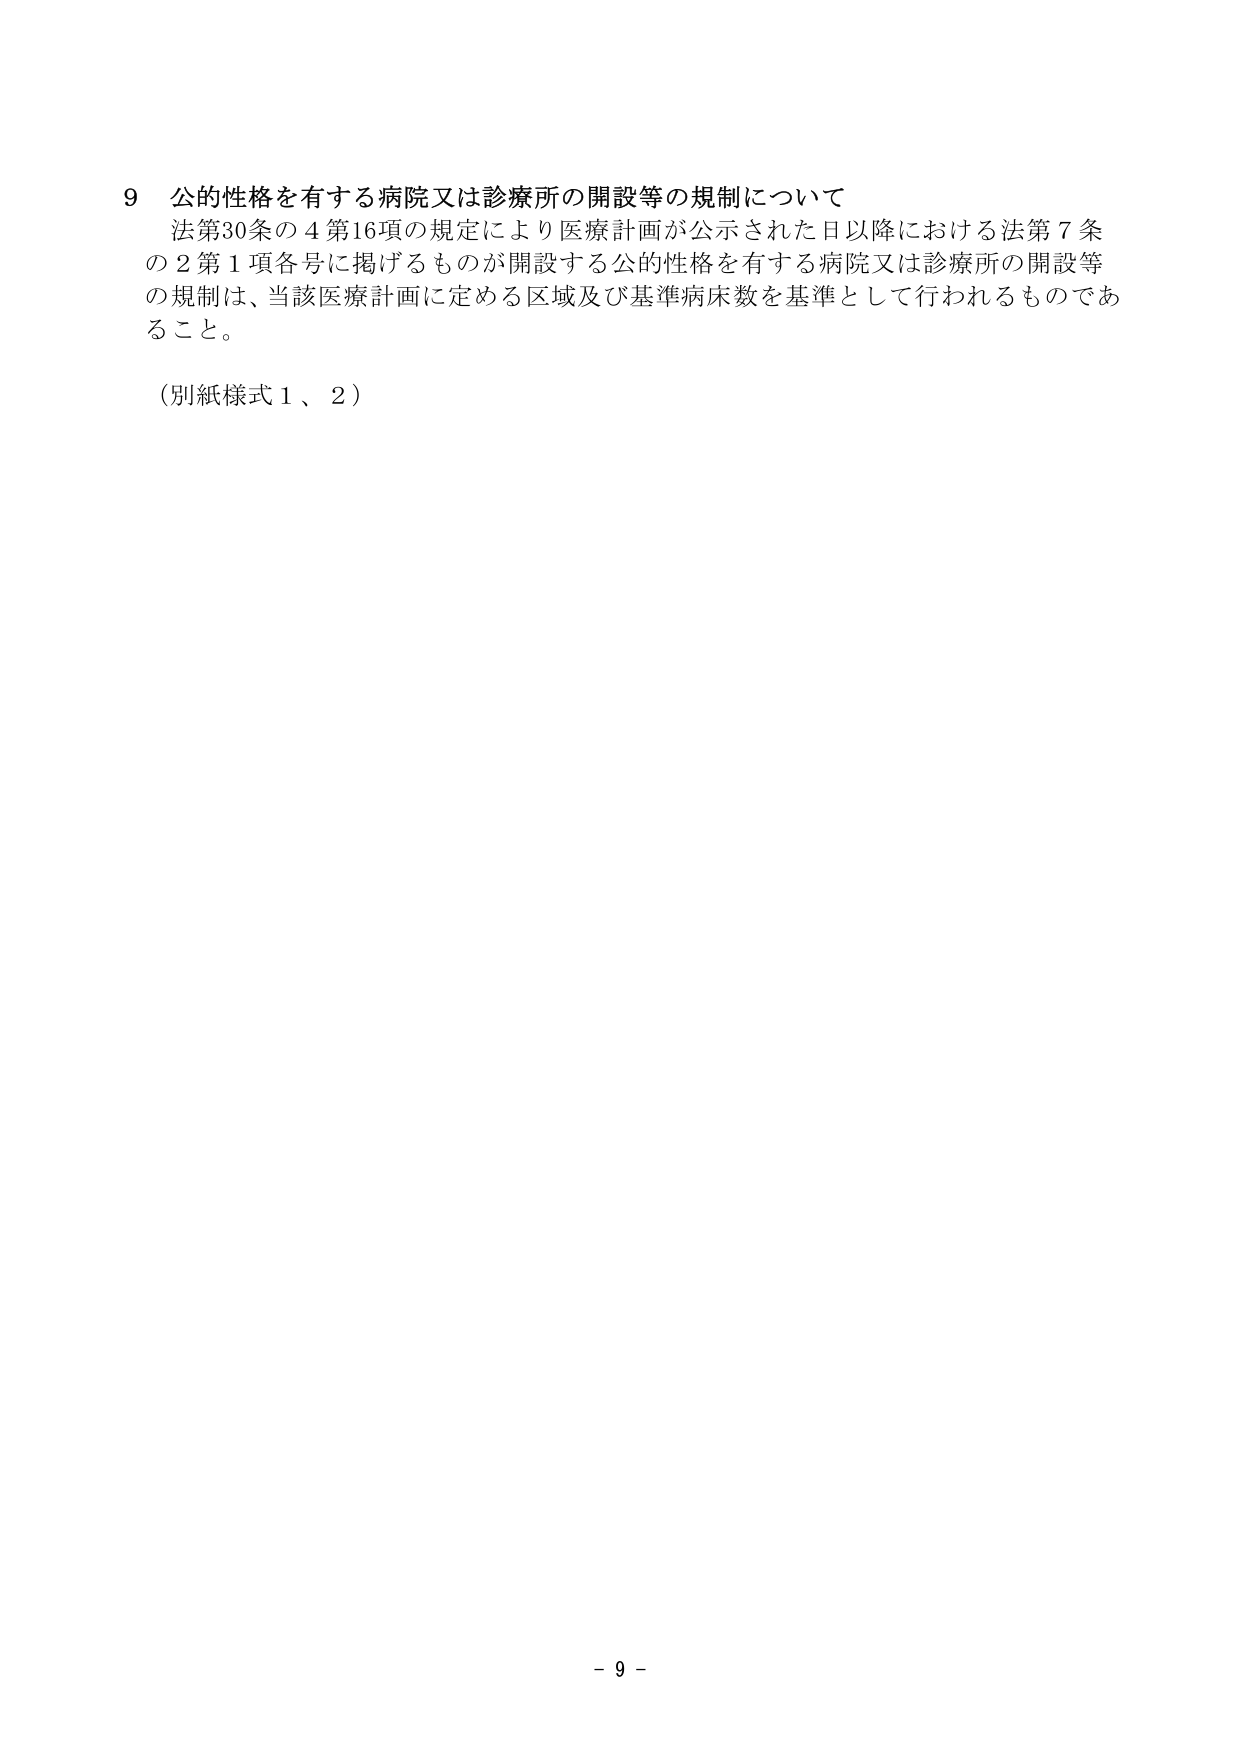
9 公的性格を有する病院又は診療所の開設等の規制について
法第30条の4第16項の規定により医療計画が公示された日以降における法第7条
の2第1項各号に掲げるものが開設する公的性格を有する病院又は診療所の開設等
の規制は、当該医療計画に定める区域及び基準病床数を基準として行われるものであ
ること。

（別紙様式1、2）

- 9 -